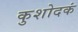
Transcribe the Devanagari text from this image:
कुशोदकं